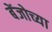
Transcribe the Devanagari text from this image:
बेंजोच्या